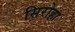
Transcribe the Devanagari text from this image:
सिरोहा